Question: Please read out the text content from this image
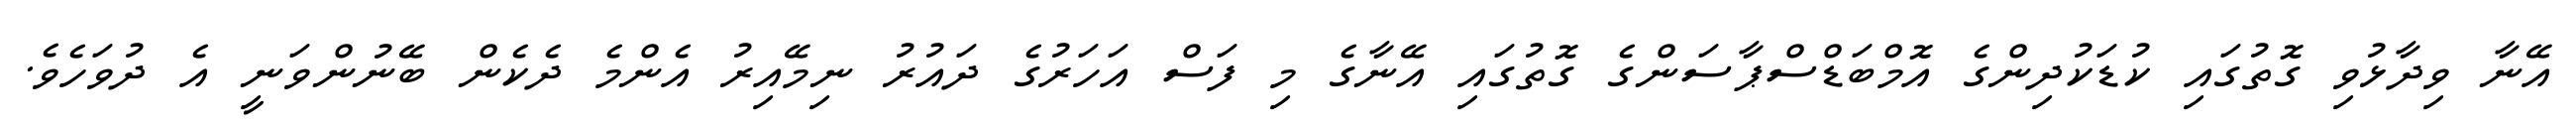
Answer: އޭނާ ވިދާޅުވި ގޮތުގައި ކުޑަކުދިންގެ އޮމްބަޑްސްޕާސަންގެ ގޮތުގައި އޭނާގެ މި ފަސް އަހަރުގެ ދައުރު ނިމޭއިރު އެންމެ ދެކެން ބޭނުންވަނީ އެ ދުވަހެވެ.